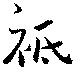
祗